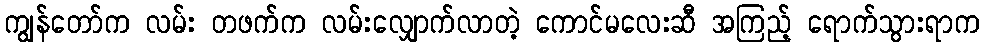
ကျွန်တော်က လမ်း တဖက်က လမ်းလျှောက်လာတဲ့ ကောင်မလေးဆီ အကြည့် ရောက်သွားရာက